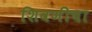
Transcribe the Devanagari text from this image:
शिवणीचा